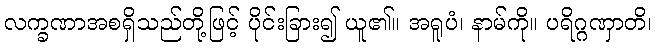
လက္ခဏာအစရှိသည်တို့ဖြင့် ပိုင်းခြား၍ ယူ၏။ အရူပံ၊ နာမ်ကို။ ပရိဂ္ဂဏှာတိ၊